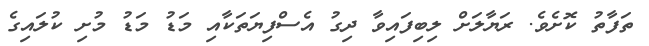
ތަފާތު ކޮށެވެ. ރަޔާލަށް ލިބިފައިވާ ދިގު އެސްފިޔަތަކާއި މަޑު މަޑު މުށި ކުލައިގެ